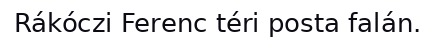
Rákóczi Ferenc téri posta falán.